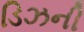
ડિઝની